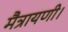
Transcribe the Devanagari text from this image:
मैत्रायणी।